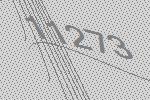
11273